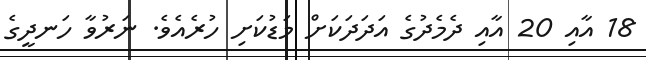
18 އާއި 20 އާއި ދެމެދުގެ އަދަދަަކަށް މަޑުކަށި ހުރެއެވެ. ނަރުވާ ހަނދީގެ